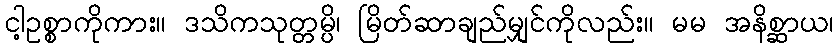
ငါ့ဥစ္စာကိုကား။ ဒသိကသုတ္တမ္ပိ၊ မြိတ်ဆာချည်မျှင်ကိုလည်း။ မမ အနိစ္ဆာယ၊